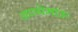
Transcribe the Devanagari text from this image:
आत्येभाऊ